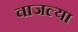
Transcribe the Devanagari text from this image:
वाजल्या